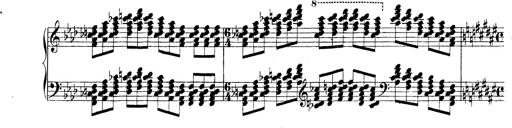
Title: Technische Studien
Composer: Franz Liszt